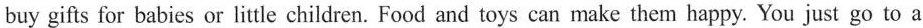
buy gifts for babies or little children. Food and toys can make them happy. You just go to a